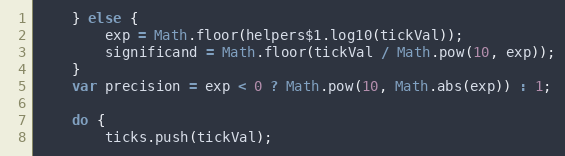
Language: JavaScript
	} else {
		exp = Math.floor(helpers$1.log10(tickVal));
		significand = Math.floor(tickVal / Math.pow(10, exp));
	}
	var precision = exp < 0 ? Math.pow(10, Math.abs(exp)) : 1;

	do {
		ticks.push(tickVal);